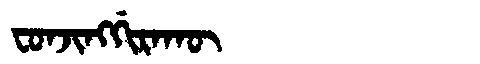
Manchu: ᠸᠣᠨᠵᡳᠩᡤᡳᡵᠠᡴᡡ
Romanization: FONJINGGIRAKŪ